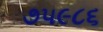
૭૫૯૮૬